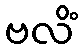
ဗလိံ